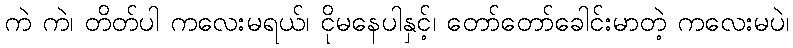
ကဲ ကဲ၊ တိတ်ပါ ကလေးမရယ်၊ ငိုမနေပါနှင့်၊ တော်တော်ခေါင်းမာတဲ့ ကလေးမပဲ၊